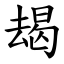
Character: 朅